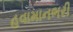
હવામાનભરી